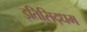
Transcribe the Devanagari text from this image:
इतिसिद्धम